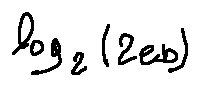
\log _ { 2 } ( 2 e b )